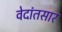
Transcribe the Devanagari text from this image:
वेदांतसार